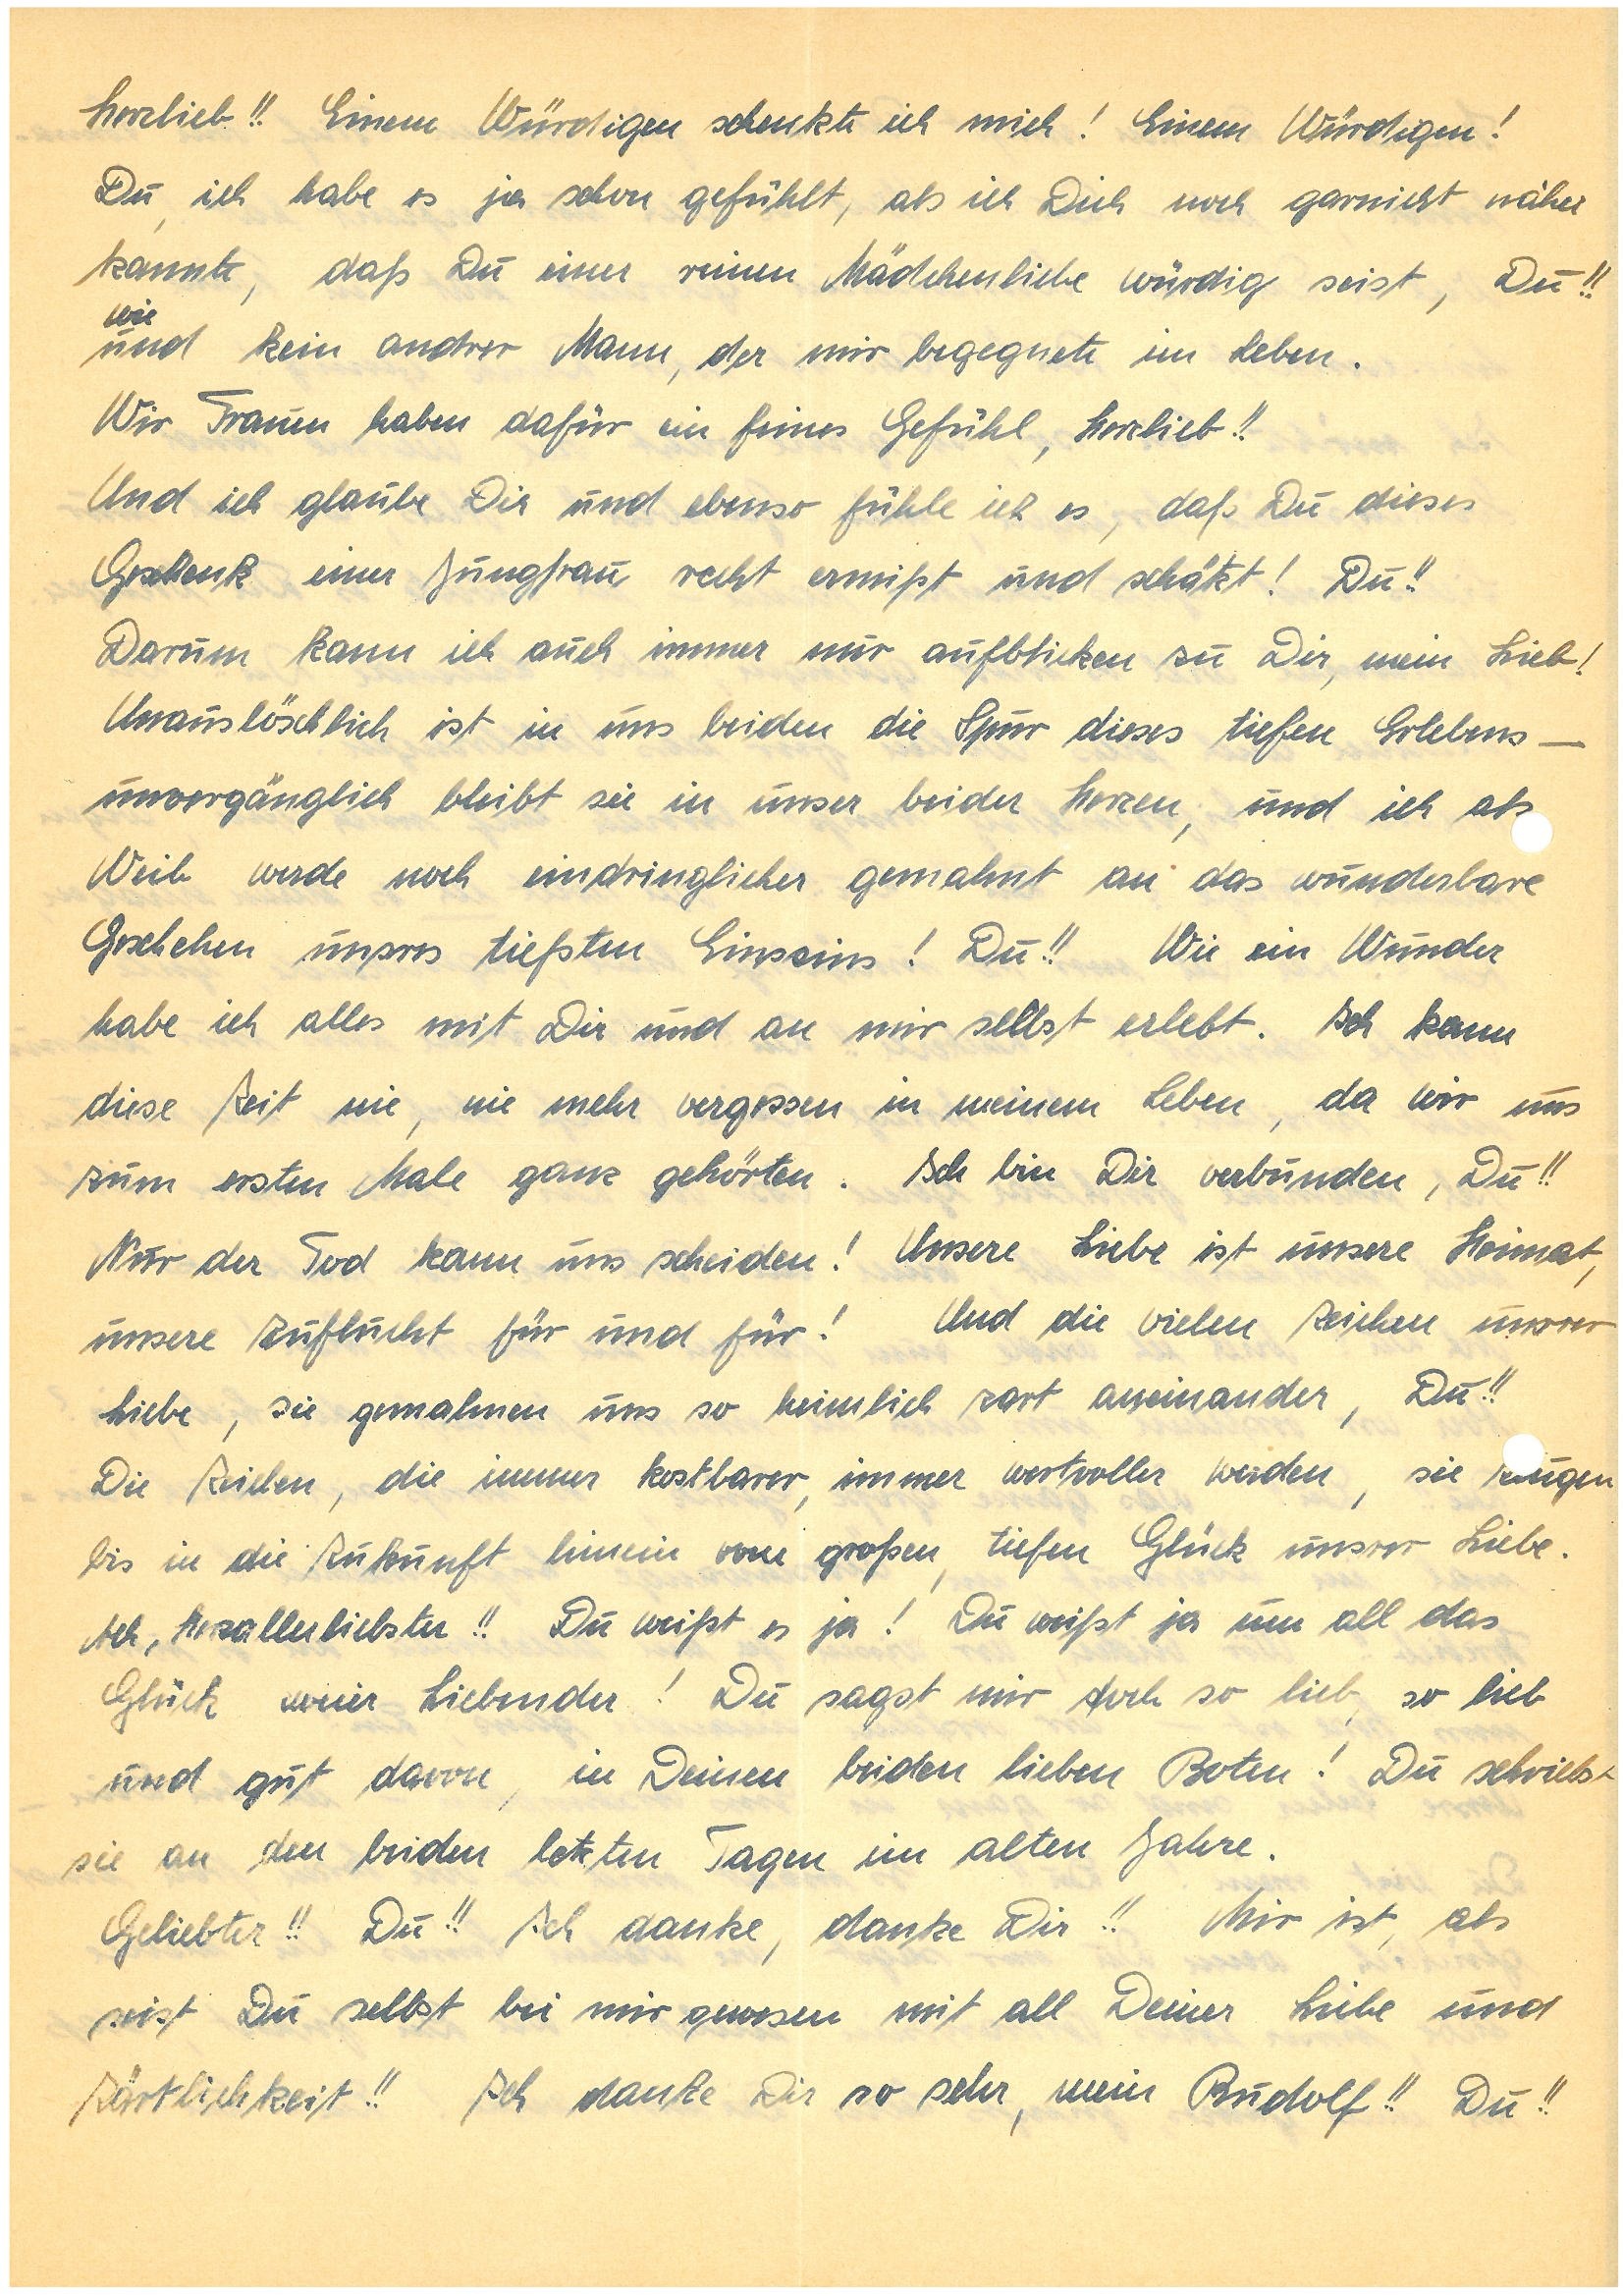
Herzlieb!! Einem Würdigen schenkte ich mich! Einem Würdigen!
Du, ich habe es ja schon gefühlt, als ich Dich noch gar nicht näher
kannte, daß Du einer reinen Mädchenliebe würdig seist, Du!!
wie
und kein andrer Mann, der mir begegnete im Leben.
Wir Frauen haben dafür ein feines Gefühl, Herzlieb!!
Und ich glaube Dir und ebenso fühle ich es, daß Du dieses
Geschenk einer Jungfrau, recht ermißt und schätzt! Du!!
Darum kann ich auch immer nur aufblicken zu Dir, mein Lieb!
Unauslöschlich ist in uns beiden die Spur dieses tiefen Erlebens –
unvergänglich bleibt sie in unser beider Herzen, und ich als
Weib werde noch eindringlicher gemahnt an das wunderbare
Geschehen unsres tiefsten Einssins! Du!! Wie ein Wunder
habe ich alles mit Dir und an mir selbst erlebt. Ich kann
diese Zeit nie, nie mehr vergessen in meinem Leben, da wir uns
zum ersten Male ganz gehörten. Ich bin Dir verbunden, Du!!
Nur der Tod kann uns scheiden! Unsere Liebe ist unsere Heimat,
unsere Zuflucht für und für! Und die vielen Zeichen unsrer
Liebe, sie gemahnen uns so heimlich zart aneinander, Du!!
Die Zeichen, die immer kostbarer, immer wertvoller werden, sie ugen
bis in die Zukunft hinein vom großen, tiefen Glück unsrer Liebe.
Ach, Herzallerliebster!! Du weißt es ja! Du weißt ja um all das
Glück zweier Liebender! Du sagst mir doch so lieb, so lieb
und gut davon, in Deinen beiden lieben Boten! Du schriebst
sie an den beiden letzten Tagen im alten Jahre.
Geliebter!! Du!! Ich danke, danke Dir!! Mir ist, als
seist Du selbst bei mir gewesen mit all Deiner Liebe und
Zärtlichkeit!! Ich danke Dir so sehr, mein !! Du!!